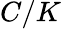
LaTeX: C/K